Indian journal of veterinary science and animal husbandry - Volume 8,
Year: 1938
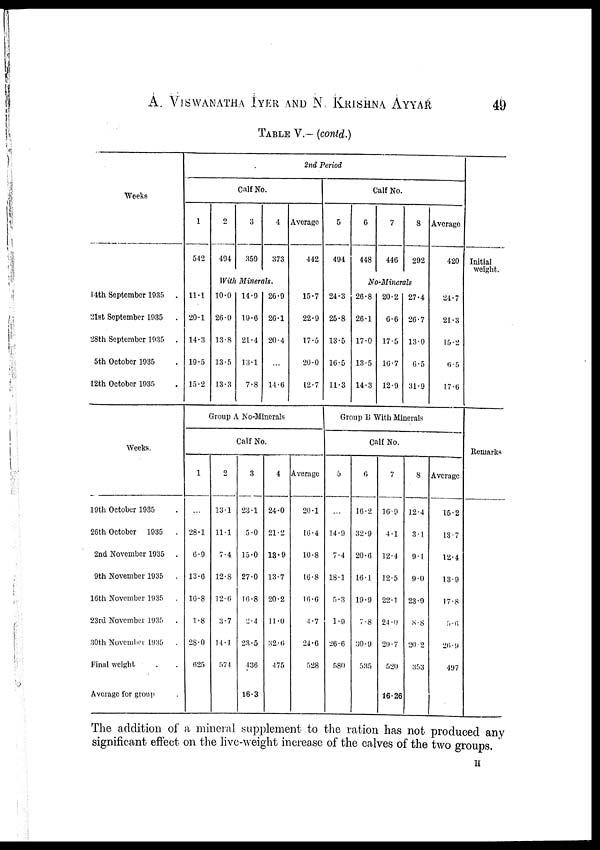
A. VISWANATHA IYER AND N. KRISHNA AYYAR 49
TABLE V.—(contd.)
Weeks
14th September 1935 .
21st September 1935
.
28th September 1935 .
5th October 1935 .
12th October 1935 .
Weeks.
19th October 1935 .
26th October 1935 .
2nd November 1935 .
9th November 1935 .
16th November 1935 .
23rd November 1935 .
30th November 1935 .
Final weight . .
Average for group .
2nd Period
Calf No
1
542
2
494
3
359
4
373
With Minerals.
11.1
20.1
14.3
19.5
15.2
10.0
26.0
13.8
13.5
13.3
14.9
19.6
21.4
13.1
7.8
26.9
26.1
20.4
...
14.6
Average
442
15.7
22.9
17.5
20.0
12.7
GROUP A No.Minerals
Calf No.
1
...
28.1
6.9
13.6
16.8
1.8
28.0
625
2
13.1
11.1
7.4
12.8
12.6
3.7
14.1
574
3
23.1
5.0
15.0
27.0
16.8
2.4
23.5
436
16.3
4
24.0
21.2
13.9
13.7
20.2
11.0
32.6
475
Average
20.1
16.4
10.8
16.8
16.6
4.7
24.6
528
Calf No.
5
494
6
448
7
446
8
292
No Minerals
24.3
25.8
13.5
16.5
11.3
26.8
26.1
17.0
13.5
14.3
20.2
6.6
17.5
16.7
12.9
27.4
26.7
13.0
6.5
31.9
Group B With Minerals
Average
420
24.7
21.3
15.2
6.5
17.6
Calf No.
5
...
14.9
7.4
18.1
5.3
1.9
26.6
580
6
16.2
32.9
20.6
16.1
19.9
7.8
30.9
535
7
16.9
4.1
12.4
12.5
22.1
24.0
29.7
520
16.26
8
12.4
3.1
9.1
9.0
23.9
8.8
20.2
353
Average
15.2
13.7
12.4
13.9
17.8
5.6
26.9
497
Initial
weight.
Remarks
The addition of a mineral supplement to the ration has not produced any
significant effect on the live-weight increase of the calves of the two groups.
H